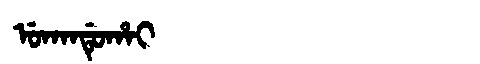
Manchu: ᡠᡴᠠᠨᡩᡠᡥᠠᡳ
Romanization: UKANDUHAI